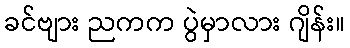
ခင်ဗျား ညကက ပွဲမှာလား ဂျိန်း။